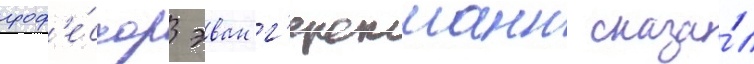
проф'е́ссор эван г'ерстманн сказа́л